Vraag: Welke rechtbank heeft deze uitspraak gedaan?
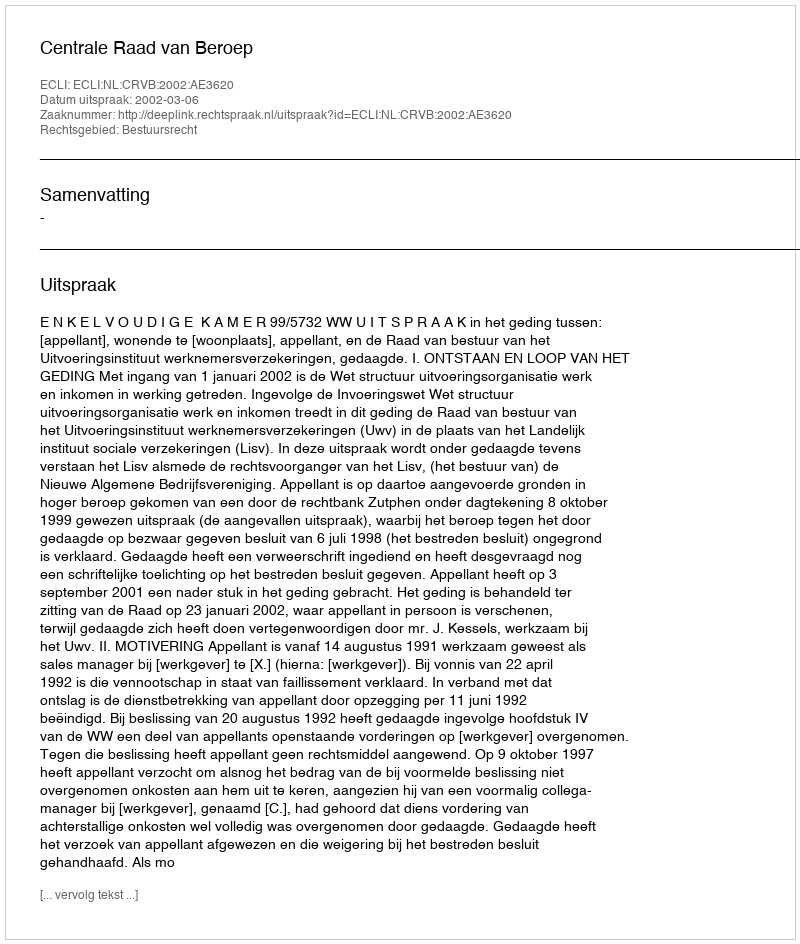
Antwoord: Centrale Raad van Beroep